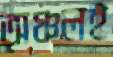
অঞ্চলই